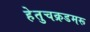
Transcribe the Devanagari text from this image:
हेतुचक्रडमरू